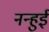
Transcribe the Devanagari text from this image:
नन्हुई